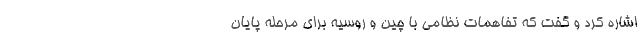
اشاره کرد و گفت که تفاهمات نظامی با چین و روسیه برای مرحله پایان